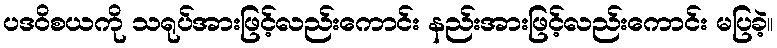
ပဒဝိစယကို သရုပ်အားဖြင့်လည်းကောင်း နည်းအားဖြင့်လည်းကောင်း မပြခဲ့။